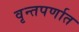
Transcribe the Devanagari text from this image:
वृन्तपर्णात